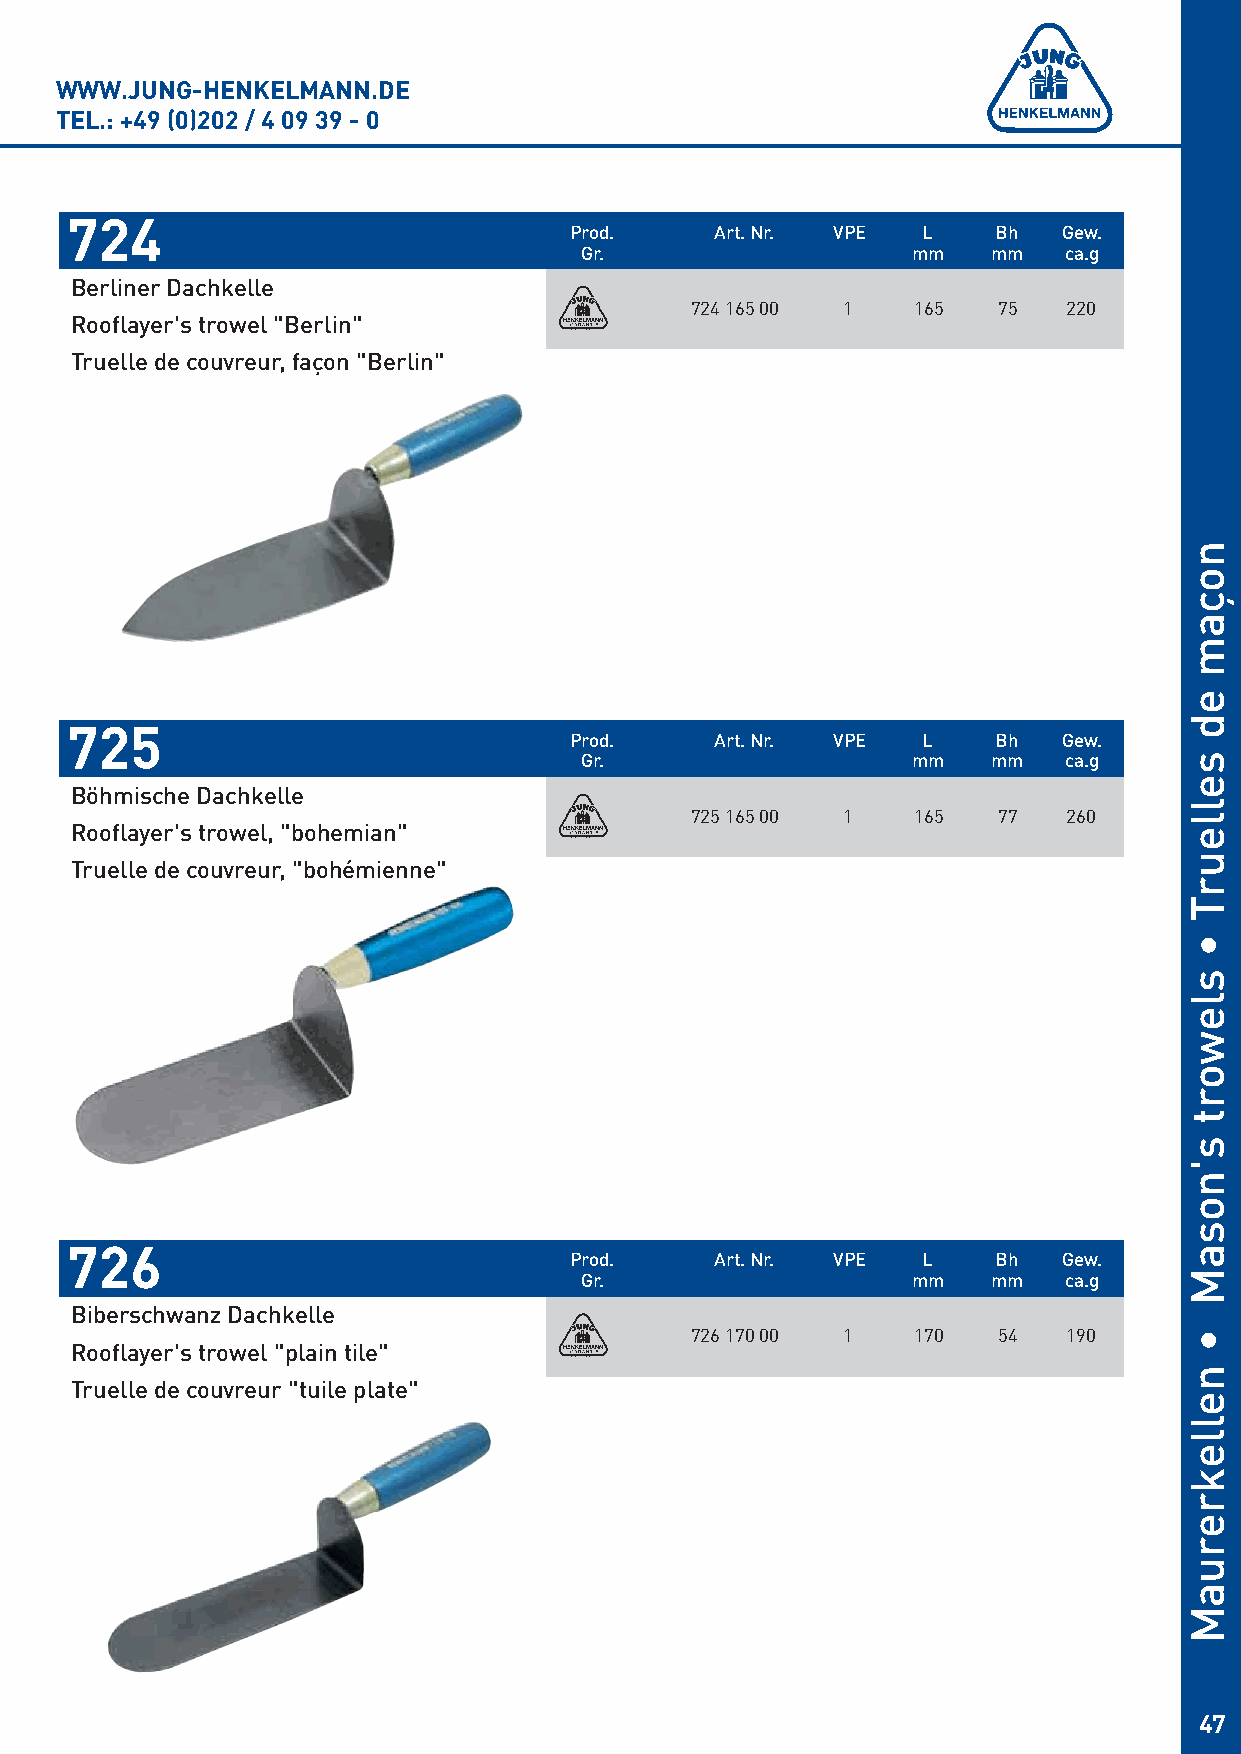
WWW.JUNG-HENKELMANN.DE
 TEL.: +49 (0)202 / 4 09 39 - 0
 724
 Prod.    Art. Nr. VPE  L    Bh  Gew.
 Gr.                   mm    mm  ca.g
 Berliner Dachkelle
 724 165 00 1   165  75   220
 Rooflayer's trowel "Berlin"
 Truelle de couvreur, façon "Berlin"
 725
 Prod.    Art. Nr. VPE  L    Bh  Gew.
 Gr.                   mm    mm  ca.g
 Böhmische Dachkelle
 725 165 00 1   165  77   260
 Rooflayer's trowel, "bohemian"
 Truelle de couvreur, "bohémienne"
 726
 Prod.    Art. Nr. VPE  L    Bh  Gew.
 Gr.                   mm    mm  ca.g
 Biberschwanz Dachkelle
 726 170 00 1   170  54   190
 Rooflayer's trowel "plain tile"
 Truelle de couvreur "tuile plate"
 47
 noçam
 ed
 selleurT
 •
 slewort
 s'nosaM
 •
 nellekreruaM